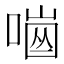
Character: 𠼜